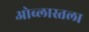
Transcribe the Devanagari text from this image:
ओब्लास्तला